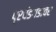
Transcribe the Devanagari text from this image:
प्रचंडगडावर